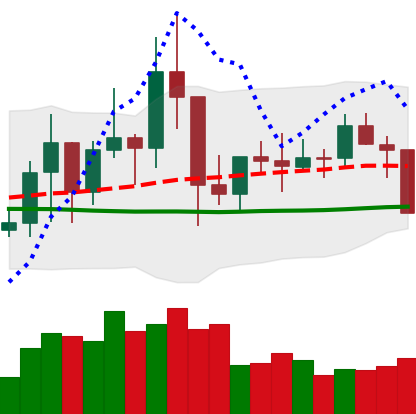
Ticker: TRX-USD
Chart end date: 2021-01-21
Forward return: 6.53%
Label: up_5_7